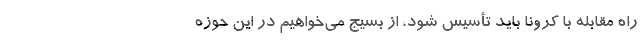
راه مقابله با کرونا باید تأسیس شود، از بسیج می‌خواهیم در این حوزه